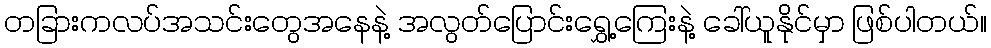
တခြားကလပ်အသင်းတွေအနေနဲ့ အလွတ်ပြောင်းရွှေ့ကြေးနဲ့ ခေါ်ယူနိုင်မှာ ဖြစ်ပါတယ်။